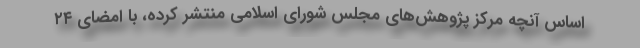
اساس آنچه مرکز پژوهش‌های مجلس شورای اسلامی منتشر کرده‌، با امضای ۲۴